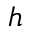
h